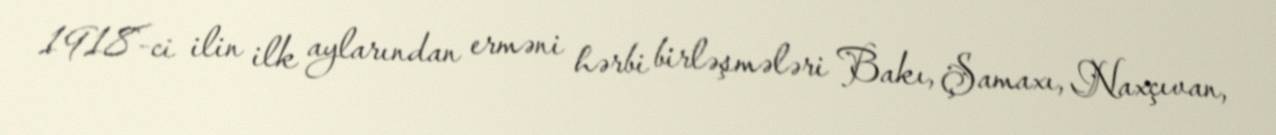
1918-ci ilin ilk aylarından erməni hərbi birləşmələri Bakı, Şamaxı, Naxçıvan,